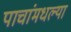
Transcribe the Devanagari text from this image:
पाचांमधल्या